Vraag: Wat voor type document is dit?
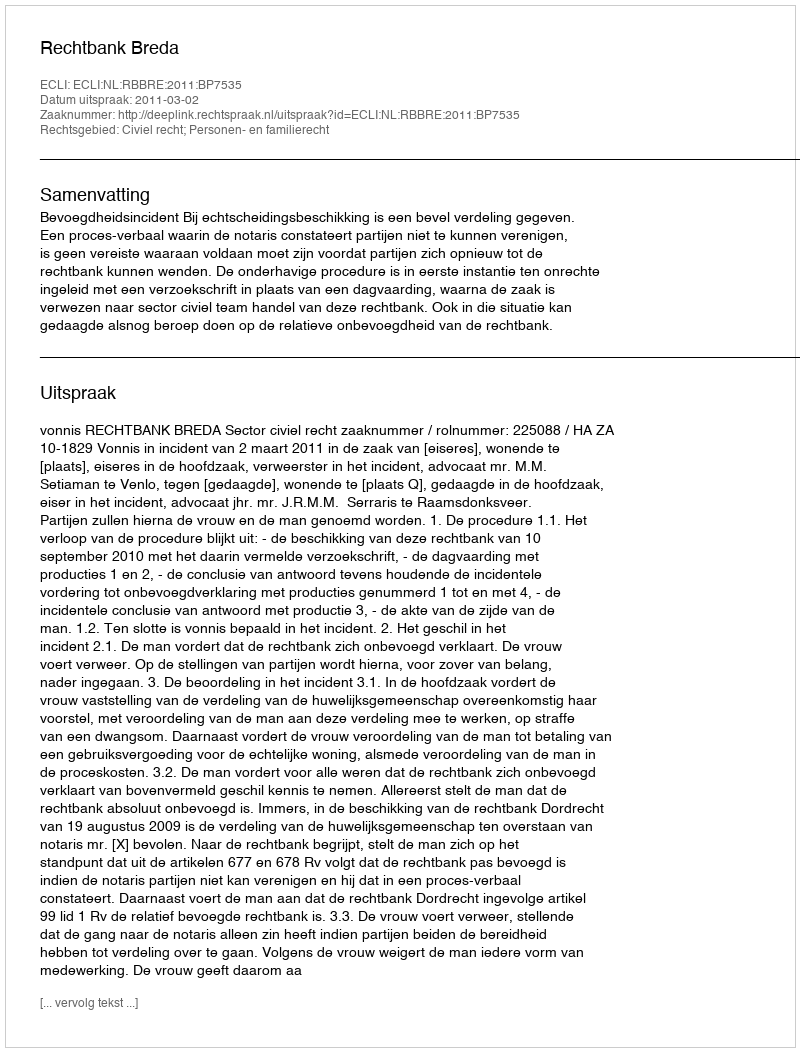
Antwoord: Uitspraak